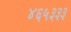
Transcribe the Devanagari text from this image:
४६५३३३